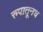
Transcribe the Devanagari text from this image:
रुपातूनच